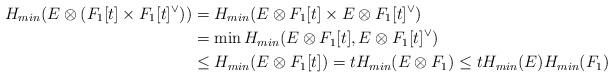
LaTeX: \begin{align*}H_{min}(E\otimes (F_1[t]\times F_1[t]^{\vee}))&=H_{min}(E\otimes F_1[t]\times E\otimes F_1[t]^{\vee})\\&=\min H_{min}(E\otimes F_1[t], E\otimes F_1[t]^{\vee})\\&\leq H_{min}(E\otimes F_1[t])=t H_{min}(E\otimes F_1)\leq tH_{min}(E)H_{min}(F_1)\end{align*}